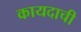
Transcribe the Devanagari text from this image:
कायदाची